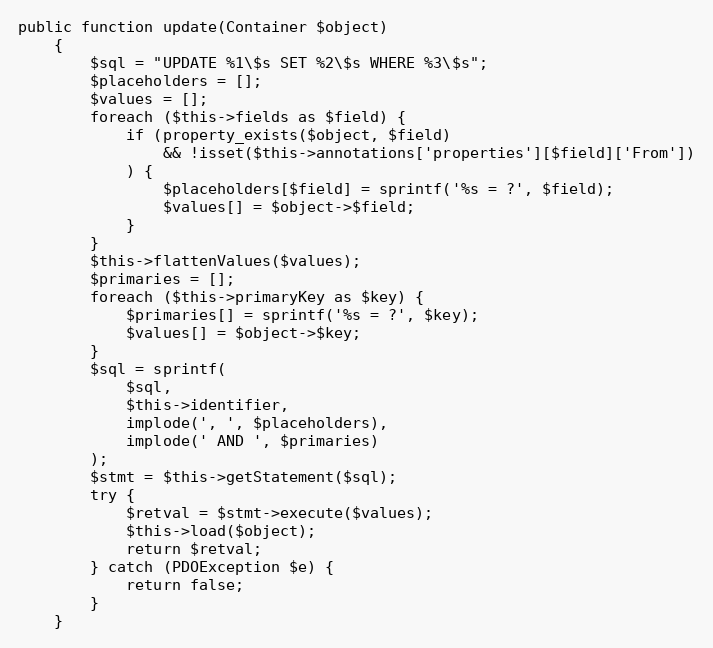
Language: PHP
public function update(Container $object)
    {
        $sql = "UPDATE %1\$s SET %2\$s WHERE %3\$s";
        $placeholders = [];
        $values = [];
        foreach ($this->fields as $field) {
            if (property_exists($object, $field)
                && !isset($this->annotations['properties'][$field]['From'])
            ) {
                $placeholders[$field] = sprintf('%s = ?', $field);
                $values[] = $object->$field;
            }
        }
        $this->flattenValues($values);
        $primaries = [];
        foreach ($this->primaryKey as $key) {
            $primaries[] = sprintf('%s = ?', $key);
            $values[] = $object->$key;
        }
        $sql = sprintf(
            $sql,
            $this->identifier,
            implode(', ', $placeholders),
            implode(' AND ', $primaries)
        );
        $stmt = $this->getStatement($sql);
        try {
            $retval = $stmt->execute($values);
            $this->load($object);
            return $retval;
        } catch (PDOException $e) {
            return false;
        }
    }